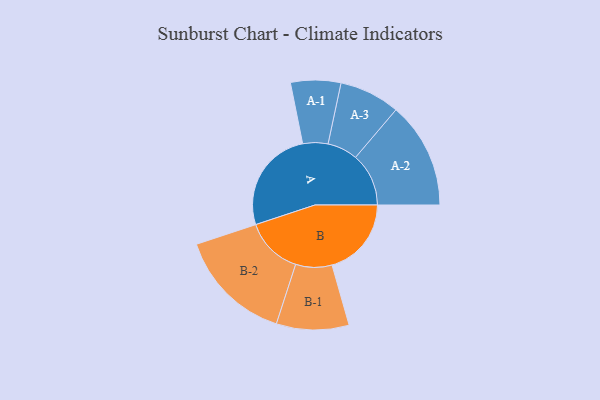
{"axis": {"x": "Segment", "y": "Value"}, "legend": ["", "A", "B"], "data": [{"x": "A", "y": 455, "type": ""}, {"x": "B", "y": 348, "type": ""}, {"x": "A-1", "y": 110, "type": "A"}, {"x": "A-2", "y": 233, "type": "A"}, {"x": "A-3", "y": 133, "type": "A"}, {"x": "B-1", "y": 159, "type": "B"}, {"x": "B-2", "y": 252, "type": "B"}]}